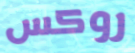
روكس